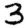
Digit: 3